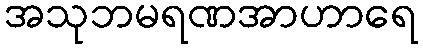
အသုဘမရဏအာဟာရေ